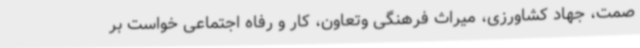
صمت، جهاد کشاورزی، میراث فرهنگی وتعاون، کار و رفاه اجتماعی خواست بر